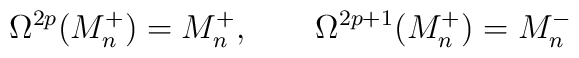
\Omega^{2p}(M^+_n) = M^+_n, \qquad \Omega^{2p+1}(M^+_n) = M^-_n